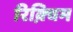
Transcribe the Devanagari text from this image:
रिक़्विम